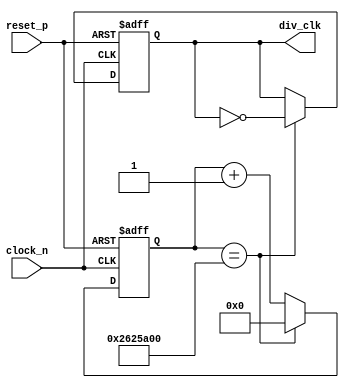
module clock_divider
(
	input clock_n, reset_p,
	output reg div_clk
);

parameter max_count = 40000000;
reg [31:0] counter;

always @(posedge reset_p or negedge clock_n)
begin
	if (reset_p)
		begin 
		div_clk <= 0;
		counter <= 0;
		end
	else
	begin 
		if(counter == max_count)
			begin
			div_clk <= ~div_clk;
			counter <= 0;
			end
		else
			counter <= counter + 1;
	end
end
endmodule